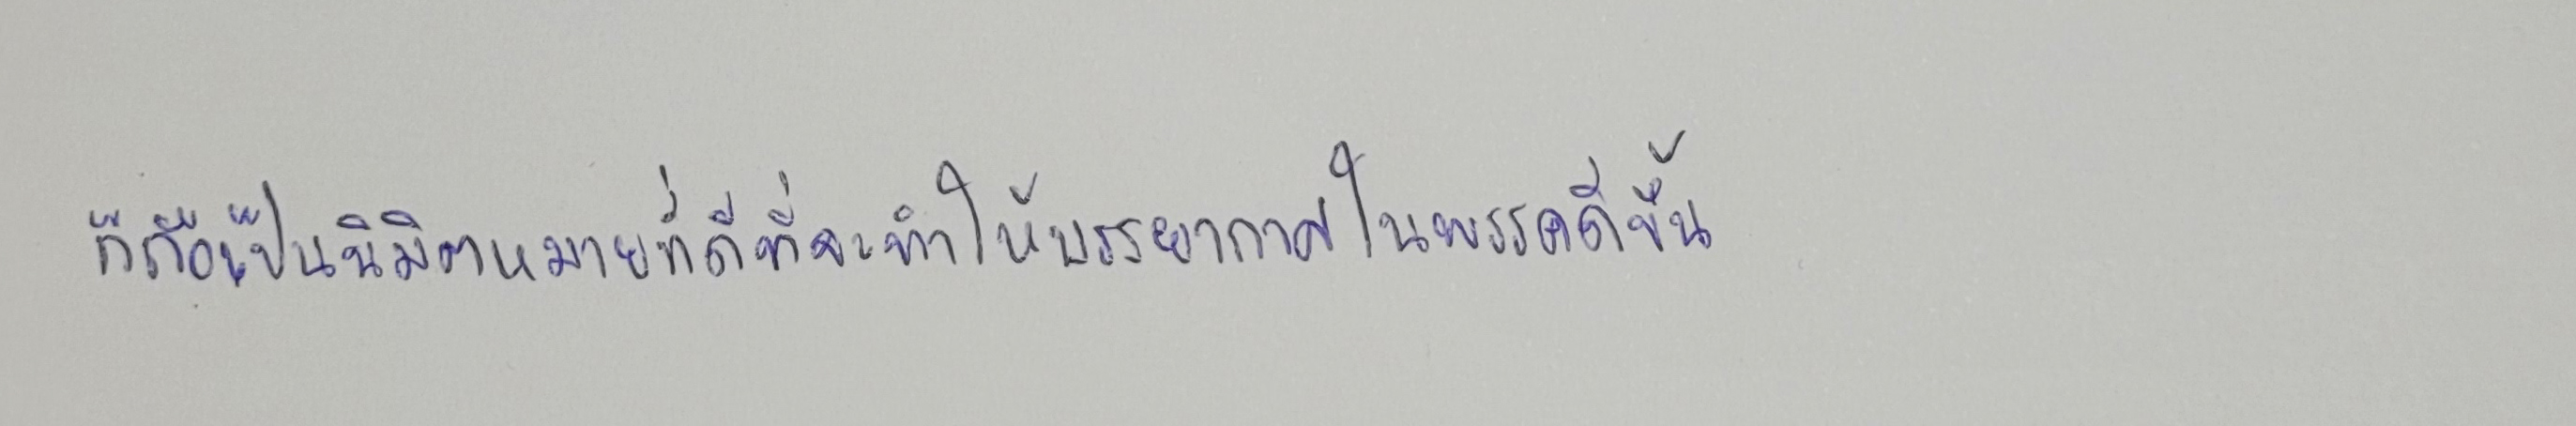
ก็ถือเป็นนิมิตหมายที่ดีที่จะทำให้บรรยากาศในพรรคดีขึ้น